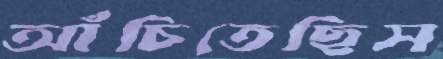
আঁচিতেছিস